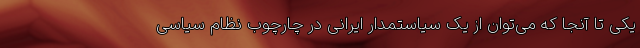
یکی تا آنجا که می‌توان از یک سیاستمدار ایرانی در چارچوب نظام سیاسی